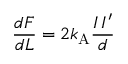
{ \frac { d F } { d L } } = 2 k _ { \mathrm { { A } } } { \frac { I \, I ^ { \prime } } { d } }